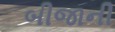
બીજાની